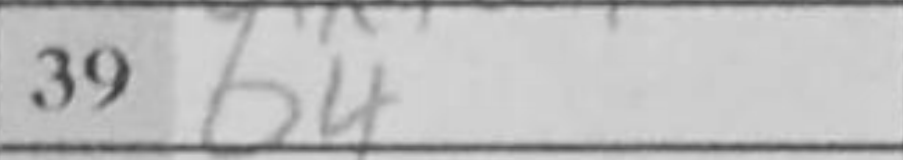
Transcription: b4